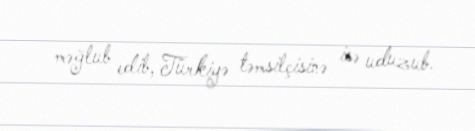
məğlub edib, Türkiyə təmsilçisinə isə uduzub.